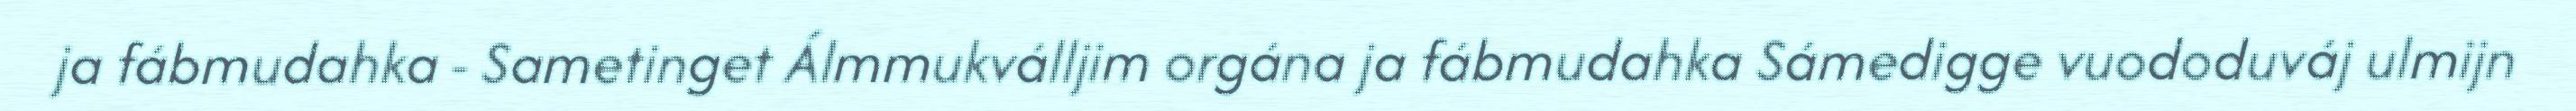
ja fábmudahka - Sametinget Álmmukválljim orgána ja fábmudahka Sámedigge vuododuváj ulmijn